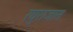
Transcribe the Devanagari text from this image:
रघुराजास